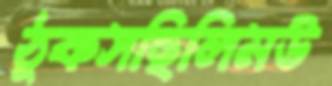
ঠুকসছিলিমউ